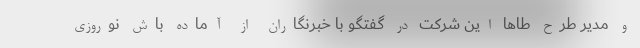
و مدیر طرح طاها این شرکت در گفتگو با خبرنگاران از آماده باش نوروزی